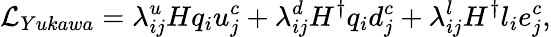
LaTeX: {\cal L}_{Yukawa}=\lambda_{ij}^{u}Hq_{i}u_{j}^{c}+\lambda_{ij}^{d}H^{\dagger}q_{i}d_{j}^{c}+\lambda_{ij}^{l}H^{\dagger}l_{i}e_{j}^{c},